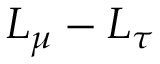
L _ { \mu } - L _ { \tau }